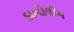
ડાબોલીમ